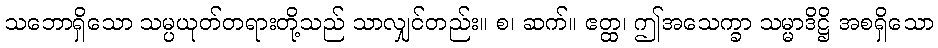
သဘောရှိသော သမ္ပယုတ်တရားတို့သည် သာလျှင်တည်း။ စ၊ ဆက်။ ဧတ္ထ၊ ဤအသေက္ခာ သမ္မာဒိဋ္ဌိ အစရှိသော